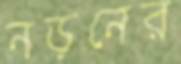
নড়নের